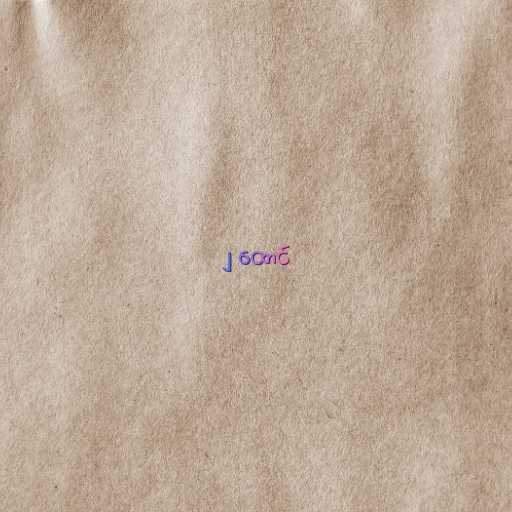
၂ ထောင်